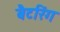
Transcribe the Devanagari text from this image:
बैटरिंग